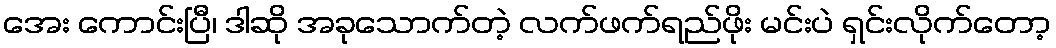
အေး ကောင်းပြီ၊ ဒါဆို အခုသောက်တဲ့ လက်ဖက်ရည်ဖိုး မင်းပဲ ရှင်းလိုက်တော့